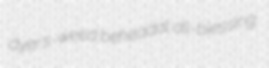
dyer's-weed beheadal all-blessing